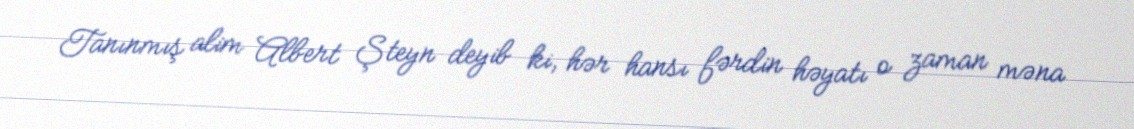
Tanınmış alim Albert Şteyn deyib ki, hər hansı fərdin həyatı o zaman məna